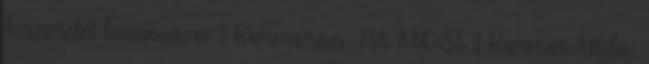
A szeretet himnusza 1 Kormorán HA MOST 1 Kormos Attila: